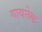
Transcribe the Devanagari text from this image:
गायनेक